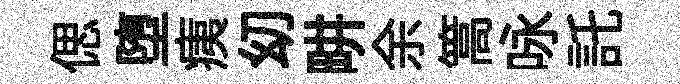
偲堕痍㓜畊余篙咏託